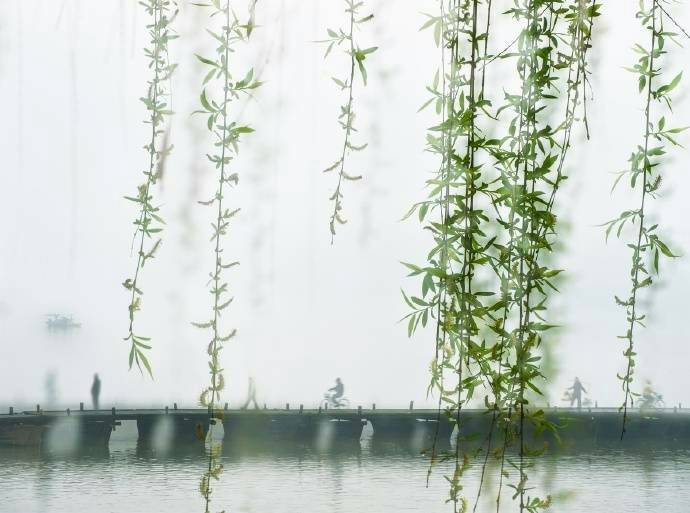
南园春半踏青时，风和闻马嘶。